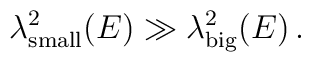
\lambda^2_{\mbox{\scriptsize{small}}}(E) \gg\lambda^2_{\mbox{\scriptsize{big}}}(E) \,.